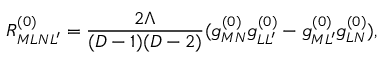
R _ { M L N L ^ { \prime } } ^ { ( 0 ) } = \frac { 2 \Lambda } { ( D - 1 ) ( D - 2 ) } ( g _ { M N } ^ { ( 0 ) } g _ { L L ^ { \prime } } ^ { ( 0 ) } - g _ { M L ^ { \prime } } ^ { ( 0 ) } g _ { L N } ^ { ( 0 ) } ) ,